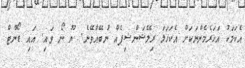
އެކަމަކު އަހަރެމެންނަކަށް އެކަހަލަ ރިލޭޝަންޝިޕެއް ނުބޭއްވޭނެ. ޔޫ ނޯ ވައި. އައި ޑޯންޓް